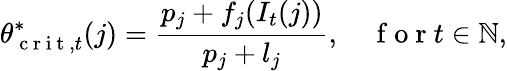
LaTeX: \theta_{\mathrm{~c~r~i~t~},t}^{*}(j)=\frac{p_{j}+f_{j}(I_{t}(j))}{p_{j}+l_{j}},\quad\mathrm{~f~o~r~}t\in\mathbb{N},